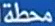
محطة